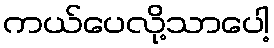
ကယ်ပေလို့သာပေါ့